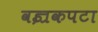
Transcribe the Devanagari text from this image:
वज्रकपटा